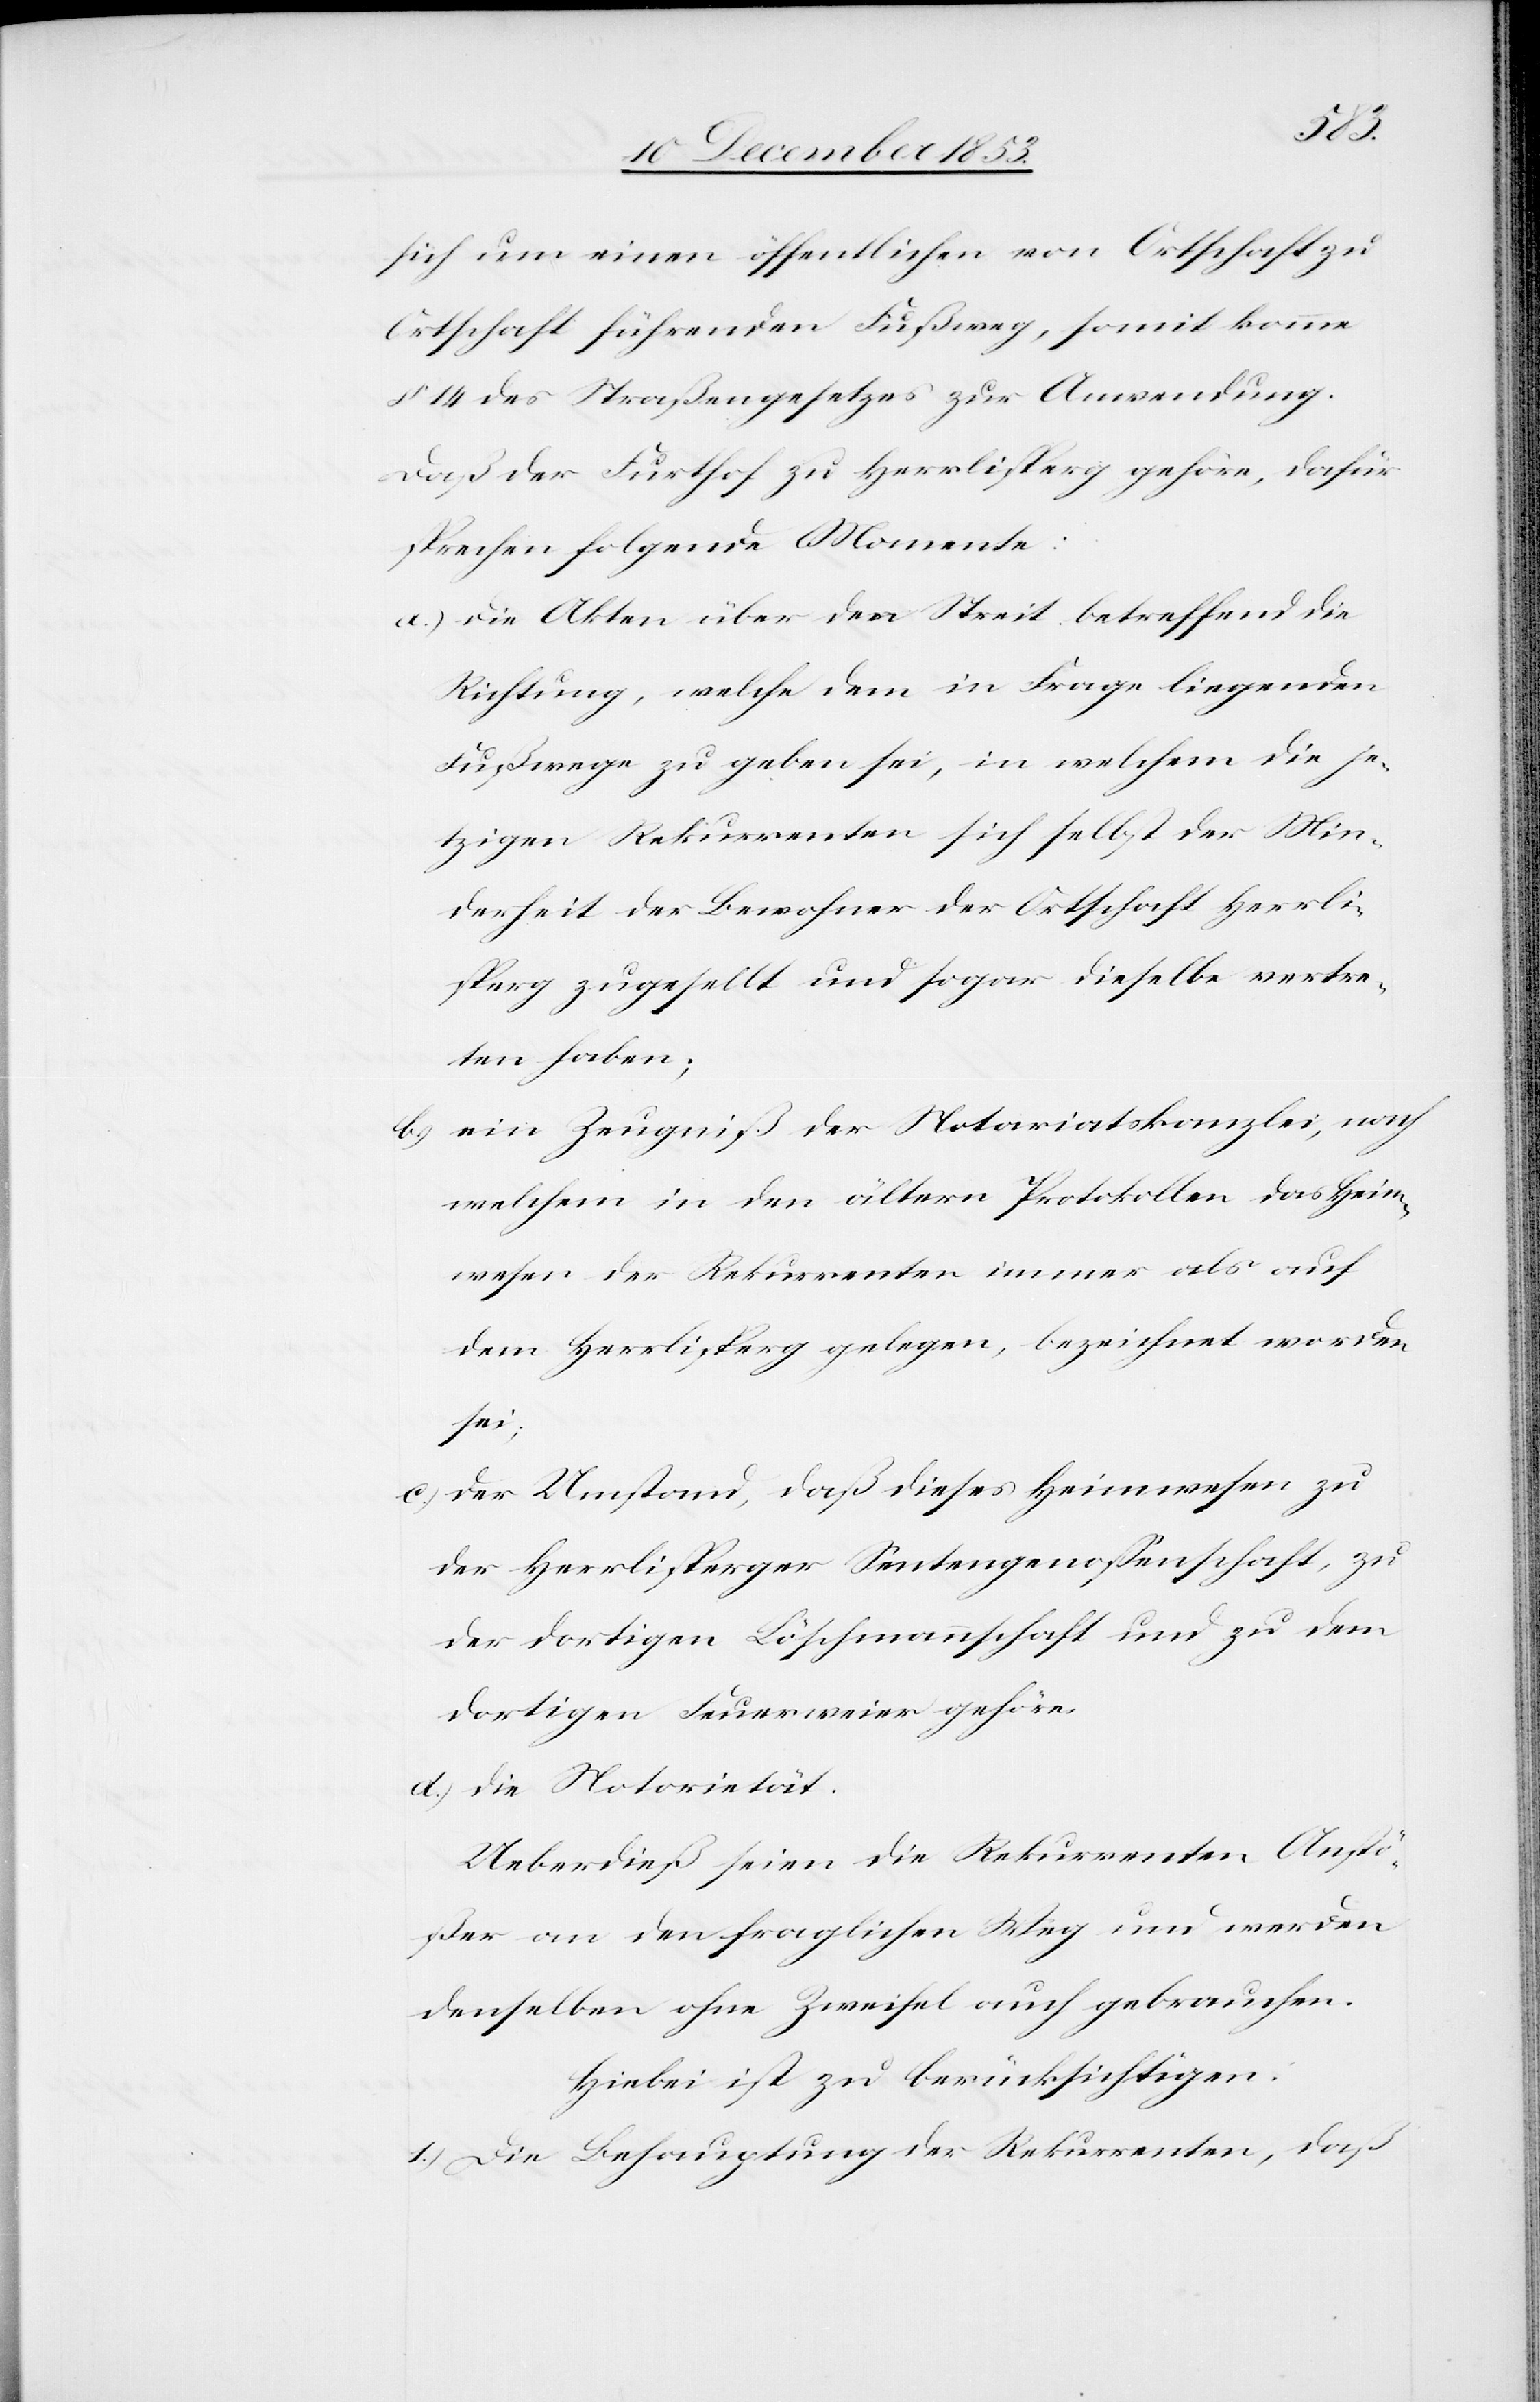
sich um einen öffentlichen von Ortschaft zu
Ortschaft führenden Fußweg, somit komme
§ 14 des Straßengesetzes zur Anwendung.
Daß der Furthof zu Herrlisperg gehöre, dafür
sprechen folgende Momente:
a.) die Akten über den Streit betreffend die
Richtung, welche dem in Frage liegenden
Fußwege zu geben sei, in welchem die je¬
tzigen Rekurrenten sich selbst der Min¬
derheit der Bewohner der Ortschaft Herrli¬
sperg zugesellt und sogar dieselbe vertre¬
ten haben;
b) ein Zeugniß der Notariatskanzlei, nach
welchem in den ältern Protokollen das Heim¬
wesen der Rekurrenten immer als auf
dem Herrlisperg gelegen, bezeichnet worden
sei;
c) der Umstand, daß dieses Heimwesen zu
der Herrlisperger Sentengenoßenschaft, zu
der dortigen Löschmannschaft und zu dem
dortigen Feuerweier gehöre.
d) die Notorietät.
Ueberdieß seien die Rekurrenten Anstö¬
ßer an den fraglichen Weg und werden
denselben ohne Zweifel auch gebrauchen.
Hiebei ist zu berücksichtigen:
1) Die Behauptung der Rekurrenten, daß